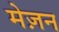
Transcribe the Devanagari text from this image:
मेज़न